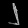
Digit: ၂